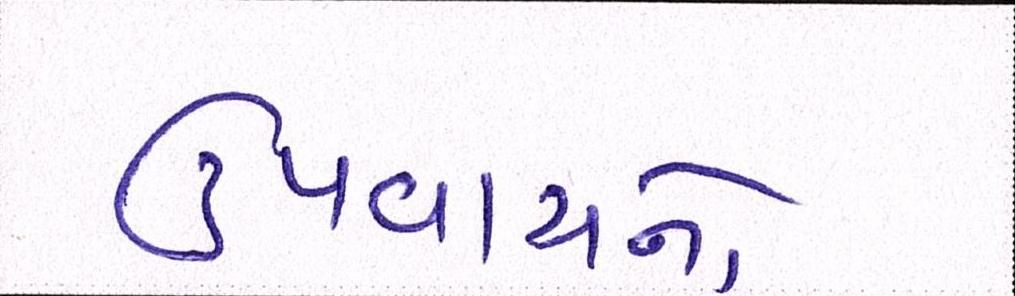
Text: ઉપવાસનો